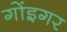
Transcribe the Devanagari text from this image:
गोंइगर